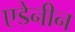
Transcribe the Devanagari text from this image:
एडेनीन